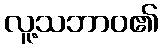
လူ့သဘာဝ၏